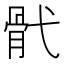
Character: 骮